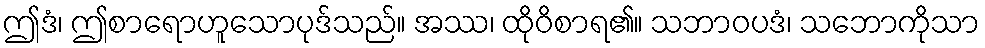
ဤဒံ၊ ဤစာရောဟူသောပုဒ်သည်။ အဿ၊ ထိုဝိစာရ၏။ သဘာဝပဒံ၊ သဘောကိုသာ